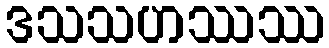
ဒသသဟဿဿ